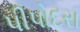
પીપોદરા